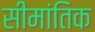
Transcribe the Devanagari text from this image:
सीमांतिक